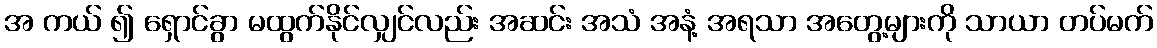
အ ကယ် ၍ ရှောင်ခွာ မထွက်နိုင်လျှင်လည်း အဆင်း အသံ အနံ့ အရသာ အတွေ့များကို သာယာ တပ်မက်